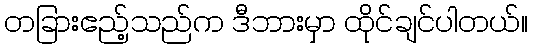
တခြားဧည့်သည်က ဒီဘားမှာ ထိုင်ချင်ပါတယ်။